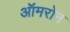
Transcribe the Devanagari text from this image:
ऑमरोन